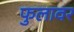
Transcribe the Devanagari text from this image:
फुलावर